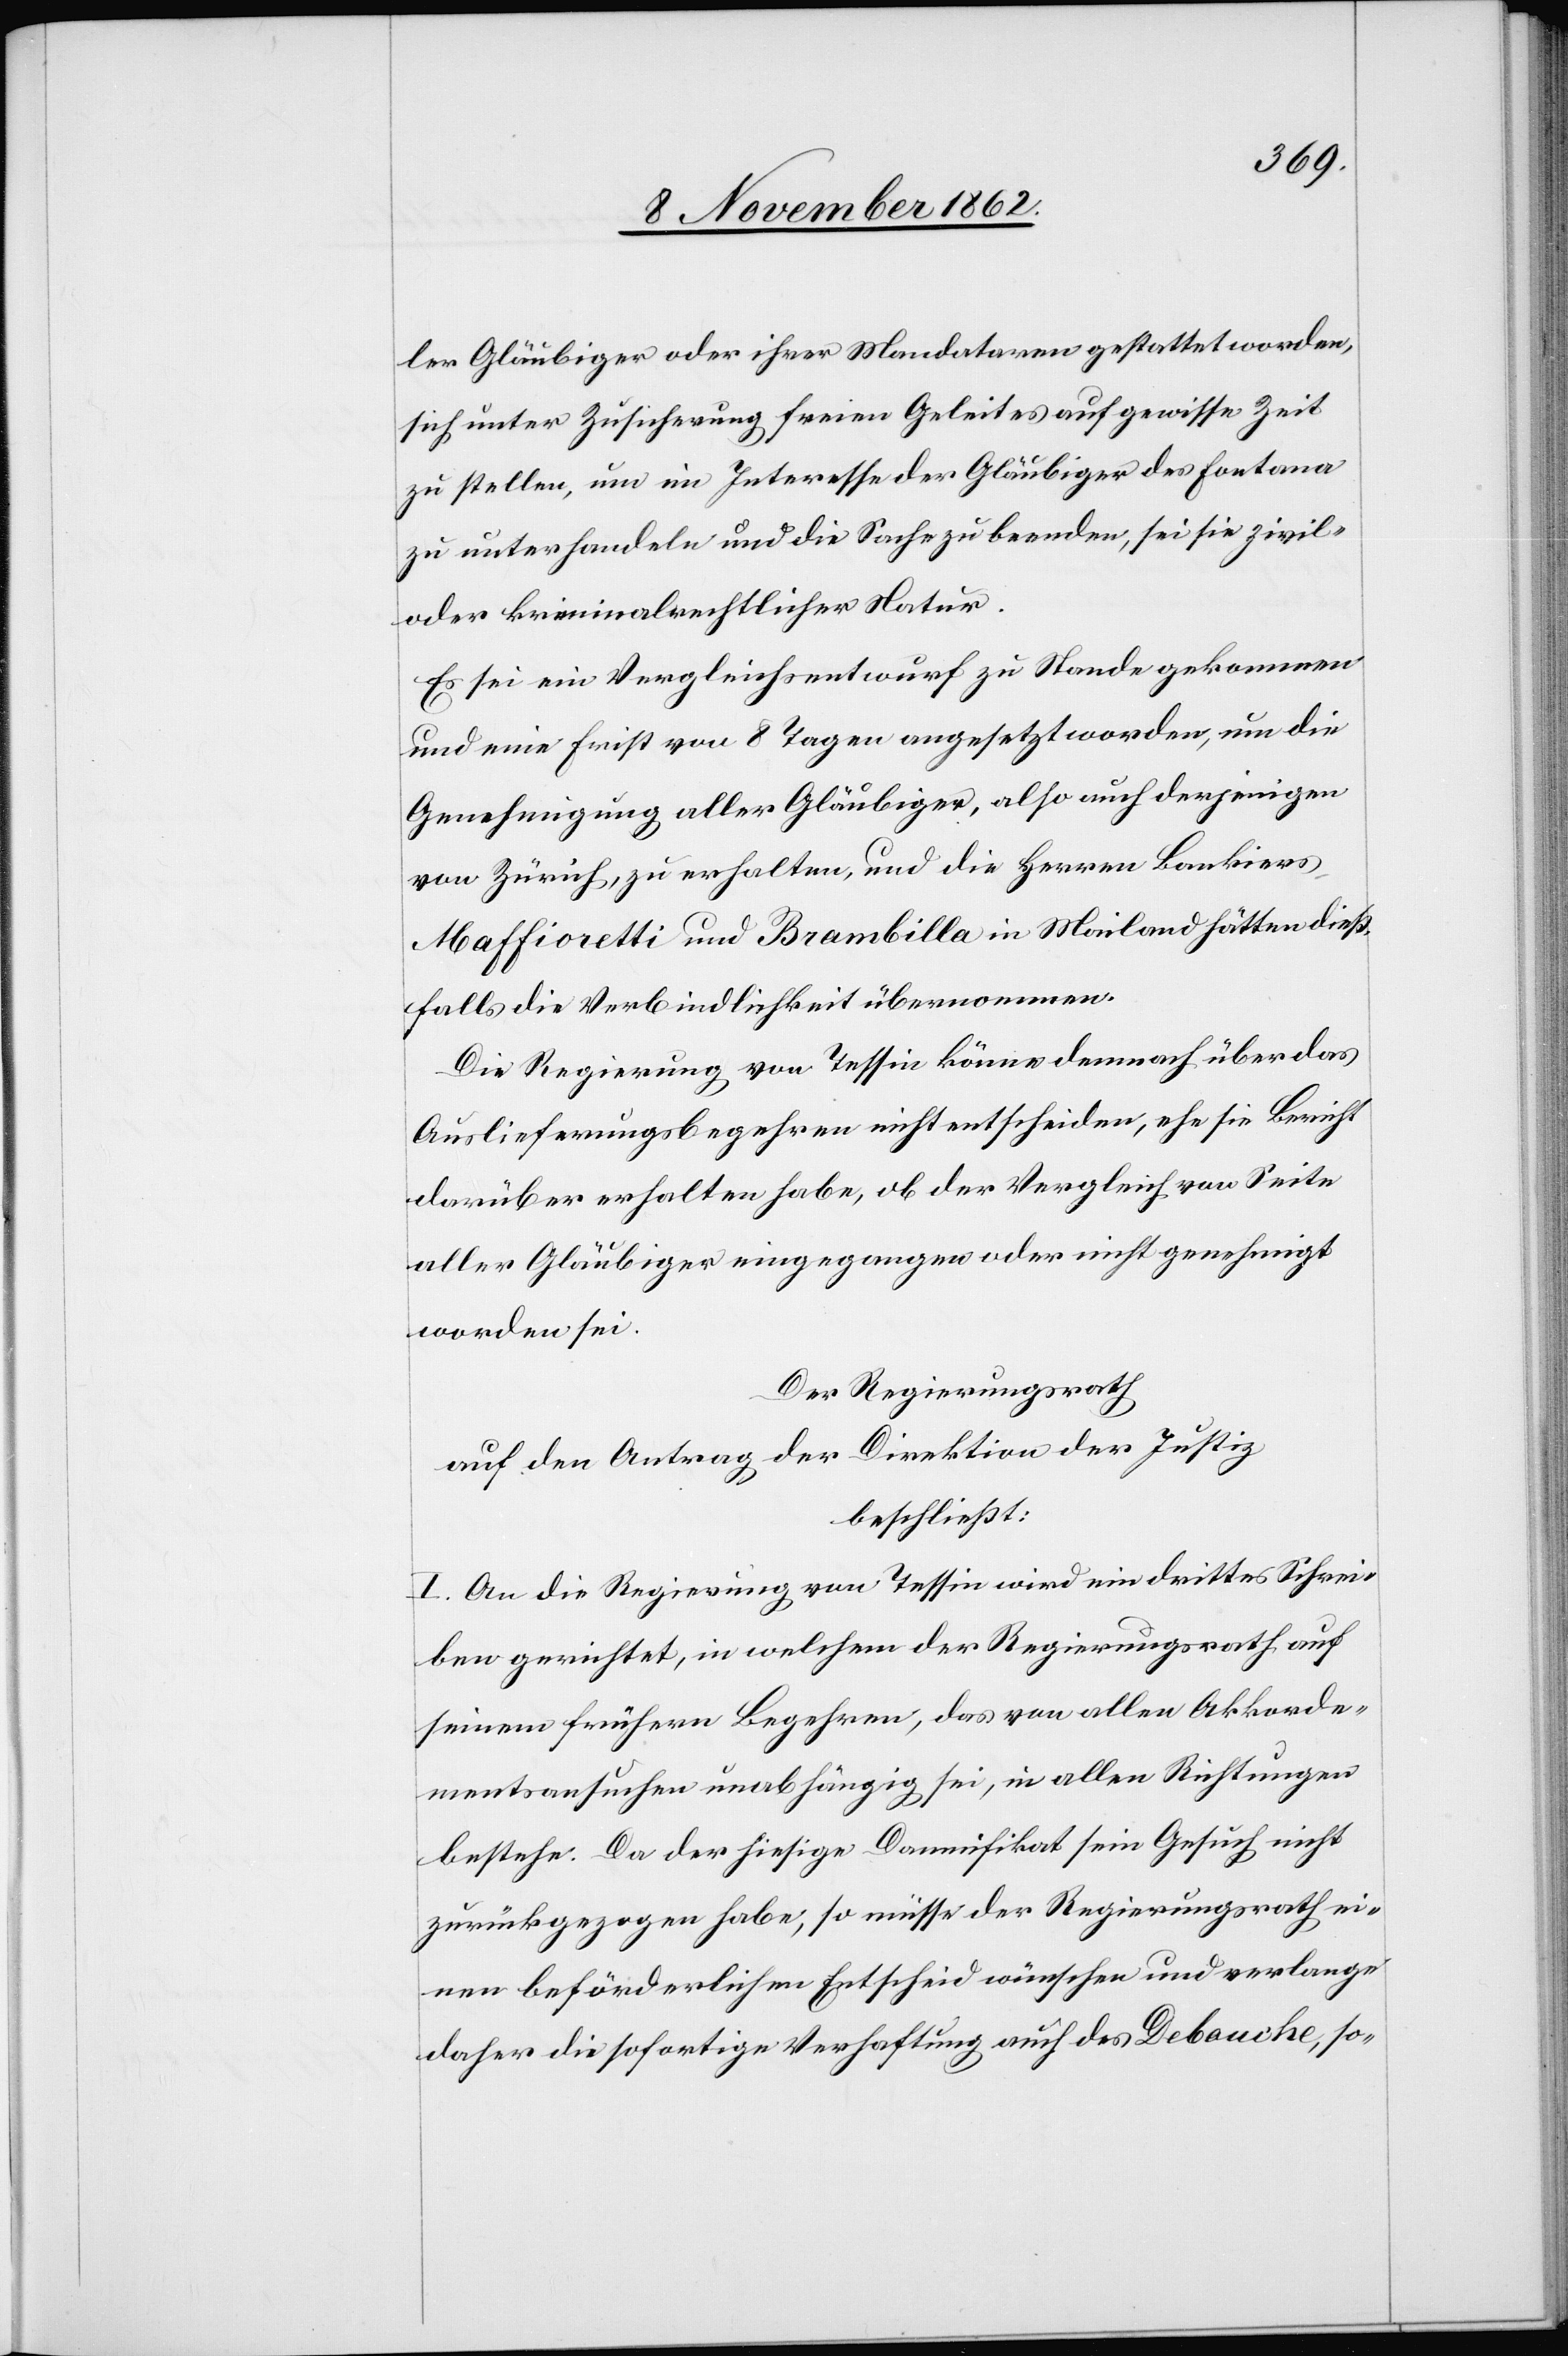
ler Gläubiger oder ihrer Mandataren gestattet worden,
sich unter Zusicherung freien Geleites auf gewisse Zeit
zu stellen, um im Interesse der Gläubiger des Fonatana
zu unterhandeln und die Sache zu beenden, sei sie zivil-
oder kriminalrechtlicher Natur.
Es sei ein Vergleichsentwurf zu Standen gekommen
und eine Frist von 8 Tagen angesetzt worden, um die
Genehmigung aller Gläubiger, also auch derjenigen
von Zürich, zu erhalten, und die Herren Bankiers
Maffioretti und Brambilla in Mailand hätten dieß¬
falls die Verbindlichkeit übernommen.
Die Regierung von Tessin könne demnach über das
Auslieferungsbegehren nicht entscheiden, ehe sie Bericht
darüber erhalten habe, ob der Verglich von Seite
aller Gläubiger eingegangen oder nicht genehmigt
worden sei.
Der Regierungsrath
auf den Antrag der Direktion der Justiz
beschließt:
I. An die Regierung von Tessin wird ein drittes Schrei¬
ben gerichtet, in welchem der Regierungsrath auf
seinem frühern Begehren, das von alle Akkorde¬
mentsansuchen unabhängig sei, in allen Richtungen
bestehe. Da der hiesige Damnifikat sein Gesuch nicht
zurückgezogen habe, so müsse der Regierungsrath ei¬
nen beförderlichen Entscheid wünschen und verlange
daher die sofortige Verhaftung auch des Debouche, so-